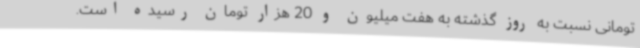
تومانی نسبت به روز گذشته به هفت میلیون و 20 هزار تومان رسیده است.